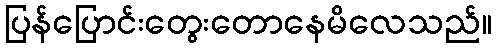
ပြန်ပြောင်းတွေးတောနေမိလေသည်။